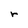
Character: r